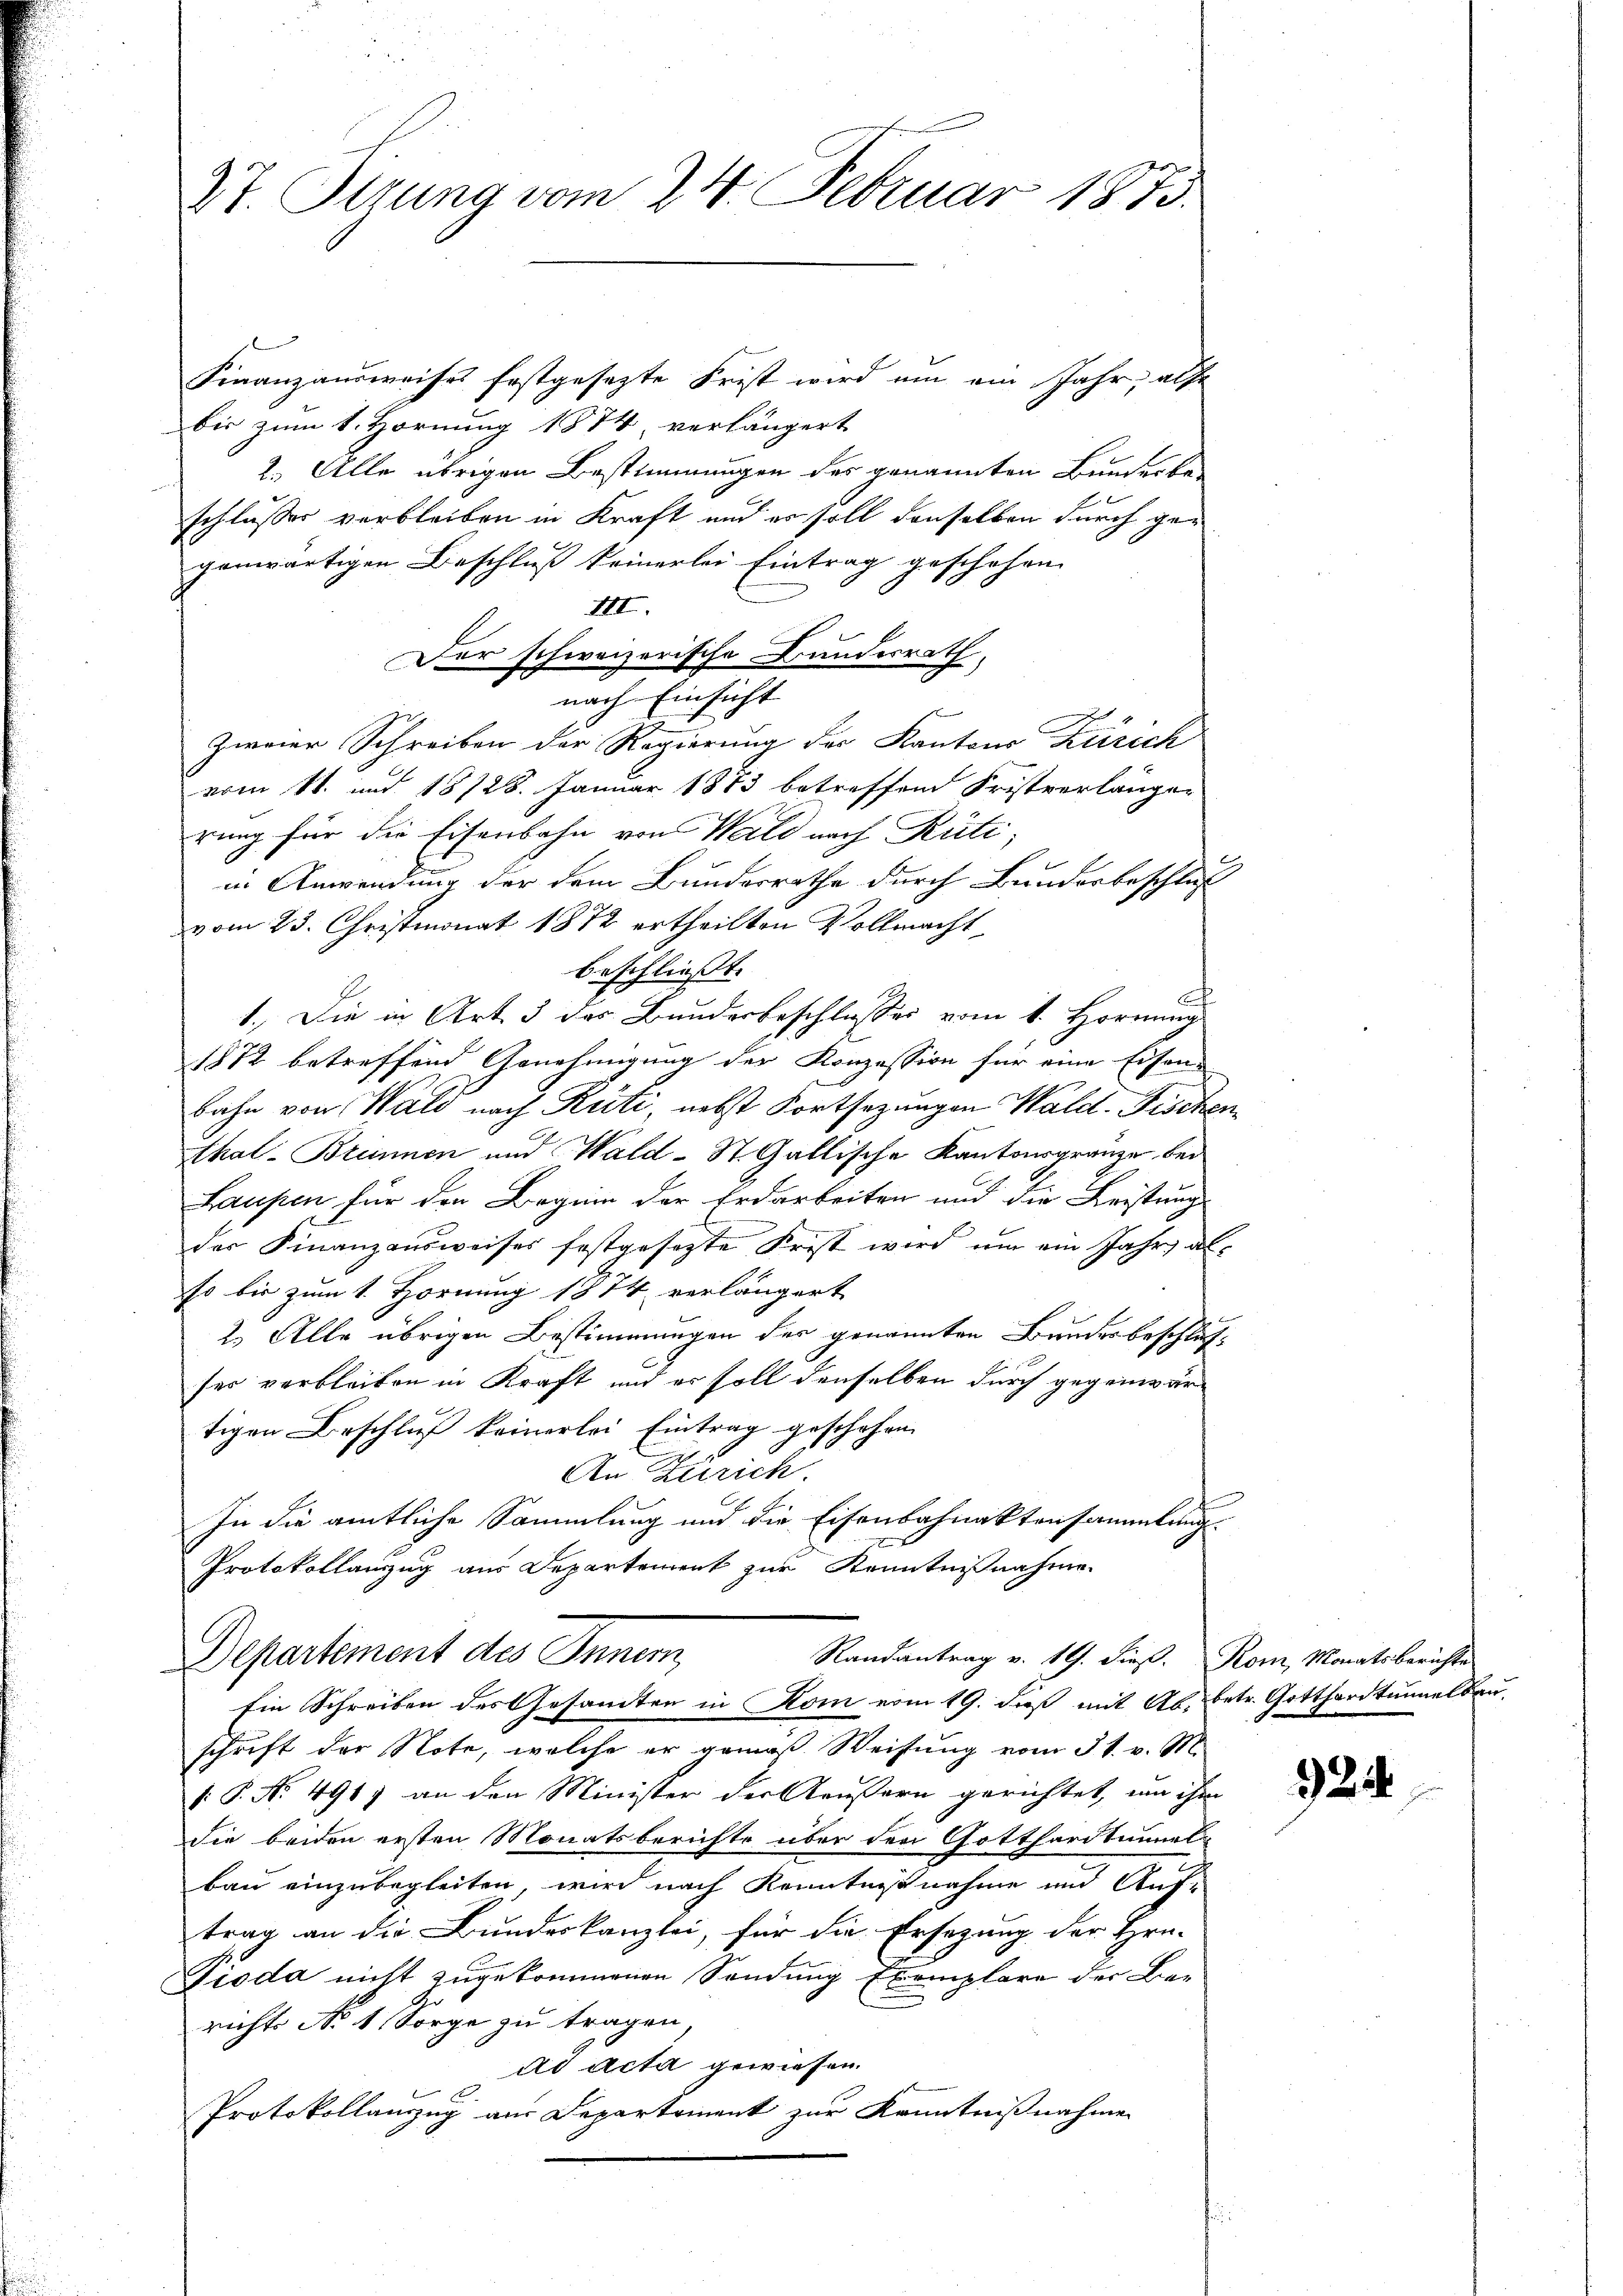
St. Stuna vom 24. Februar 1873.

Finanzausweises festgesezte Frist wird um ein Jahr, also
bis zum 1. Hornung 1874, verlängert
2.) Alle übrigen Bestimmungen des genannten Bunderbe-
schlusses verbleiben in Kraft und es soll denselben durch gegenwärtigen Beschluß keinerlei Eintrag geschehen.
III.
Der schweizerische Bundesrath,
nach Einsicht
zweier Schreiben der Regierung des Kantons Zürich
vom 11. und 18728. Januar 1883 betreffend Fristverlänger
rung für die Eisenbahn von Wald nach Rüti
in Anwendung der dem Bundesrathe durch Bunderbeschluß
vom 23. Christmonat 1872 ertheilten Vollmacht
beschließt:
.
1.) Die in Art. 3 des Bundesbeschlusses vom 1. Hornung
1812 betreffend Genehmigung der Konzession für eine Eisen-
bahn von Wald nach Kriti, nebst Fortsezungen Wald, Fischen
thal-Brünnen und Wald-St. Gallische Kantonsgränze bei
Laupen für den Beginn der Erdarbeiten und die Leistung
der Finanzausweises festgesetzte Frist wird um ein Jahr al
so bis zum 1. Hornung 1874 verlängert
2.) Alle übrigen Bestimmungen des genannten Bundesbeschlusses verbleiben in Kraft und er soll denselben durch gegenwärtigen Beschluß keinerlei Eintrag geschehen.
An Zürich.
In die amtliche Sammlung und die Eisenbahnaktensammlung.
Protokollanzug aus Departement zur Kenntnißnahme

Departement des Innern,
Randantrag v. 19. dieß.
Ein Schreiben des Gesandten in Kom vom 19. dieß mit Ab. betr. Gotthardtunnelbau¬

schrift der Note, welche er gemäß Weisung vom 31. v. M.
V. P. Nr. 491) an den Minister der Aeußern gerichtet, von ihm
die beiden ersten Monatsberichte über den Gotthardtunnelbau einzubegleiten, wird nach Kenntnißnahme und Auf-
trag an die Bundeskanzlei, für die Ersezung der Hrn.
Pioda nicht zugekommenen Sendung Exemplare der Be-
richts No 1 Sorge zu tragen,
dd Acta gewiesen.
Protokollanzzug aus Departement zur Kenntnißnahme

Kom, Monatsberichte

24